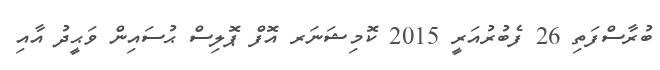
ބުރާސްފަތި 26 ފެބުރުއަރީ 2015 ކޮމިޝަނަރ އޮފް ޕޮލިސް ޙުސައިން ވަޙީދު އާއި